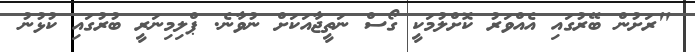
"ރަށުން ބޭރުގައި އެއްވަރު ކޮށްލުމަކީ ގޯސް ނަތީޖާއަކަށް ނުވާނެ. ޕްލިމިނަރީ ބުރުގައި ކުޅުނު